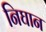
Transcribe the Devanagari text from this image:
निघान